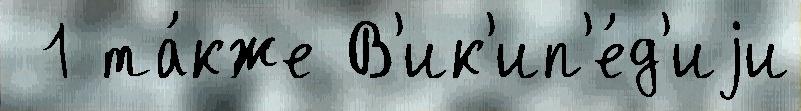
 1 та́кже В'ик'ип'е́д'иjи